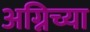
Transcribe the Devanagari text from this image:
अग्निच्या